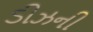
ડીઝની